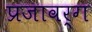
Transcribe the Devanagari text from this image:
प्रजावर्ग